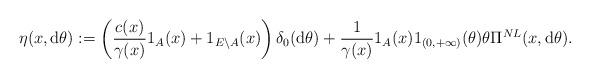
LaTeX: \begin{align*} \eta(x,{\rm d}\theta) :=\left(\frac{c(x)}{\gamma(x)}1_{A}(x)+1_{E\setminus A}(x)\right)\delta_{0}({\rm d}\theta) +\frac{1}{\gamma (x)}1_{A}(x)1_{(0,+\infty)}(\theta)\theta\Pi^{NL}(x,{\rm d}\theta).\end{align*}